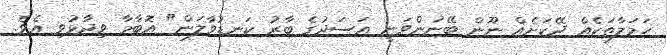
ހަމަލާތަކެއް ދޭކަށެއް ނޫން ބޭނުންވަނީ އަސަދުގެ ބާރު ކަނޑުވާލަން" އޮބާމާ ވިދާޅުވި އެވެ.